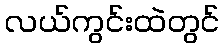
လယ်ကွင်းထဲတွင်